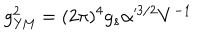
LaTeX: g _ { \mathrm { Y M } } ^ { 2 } = ( 2 \pi ) ^ { 4 } g _ { s } \alpha ^ { 3 / 2 } V ^ { - 1 }